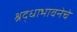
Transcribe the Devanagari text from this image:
श्रद्धाभावनेचे